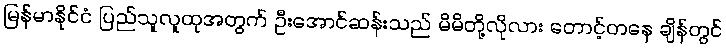
မြန်မာနိုင်ငံ ပြည်သူလူထုအတွက် ဦးအောင်ဆန်းသည် မိမိတို့လိုလား တောင့်တနေ ချိန်တွင်